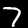
Label: 7